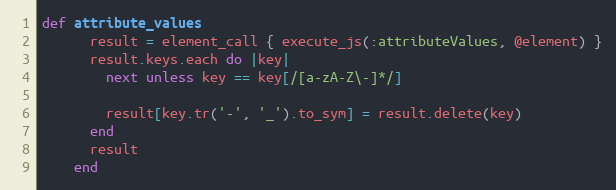
Language: Ruby
def attribute_values
      result = element_call { execute_js(:attributeValues, @element) }
      result.keys.each do |key|
        next unless key == key[/[a-zA-Z\-]*/]

        result[key.tr('-', '_').to_sym] = result.delete(key)
      end
      result
    end